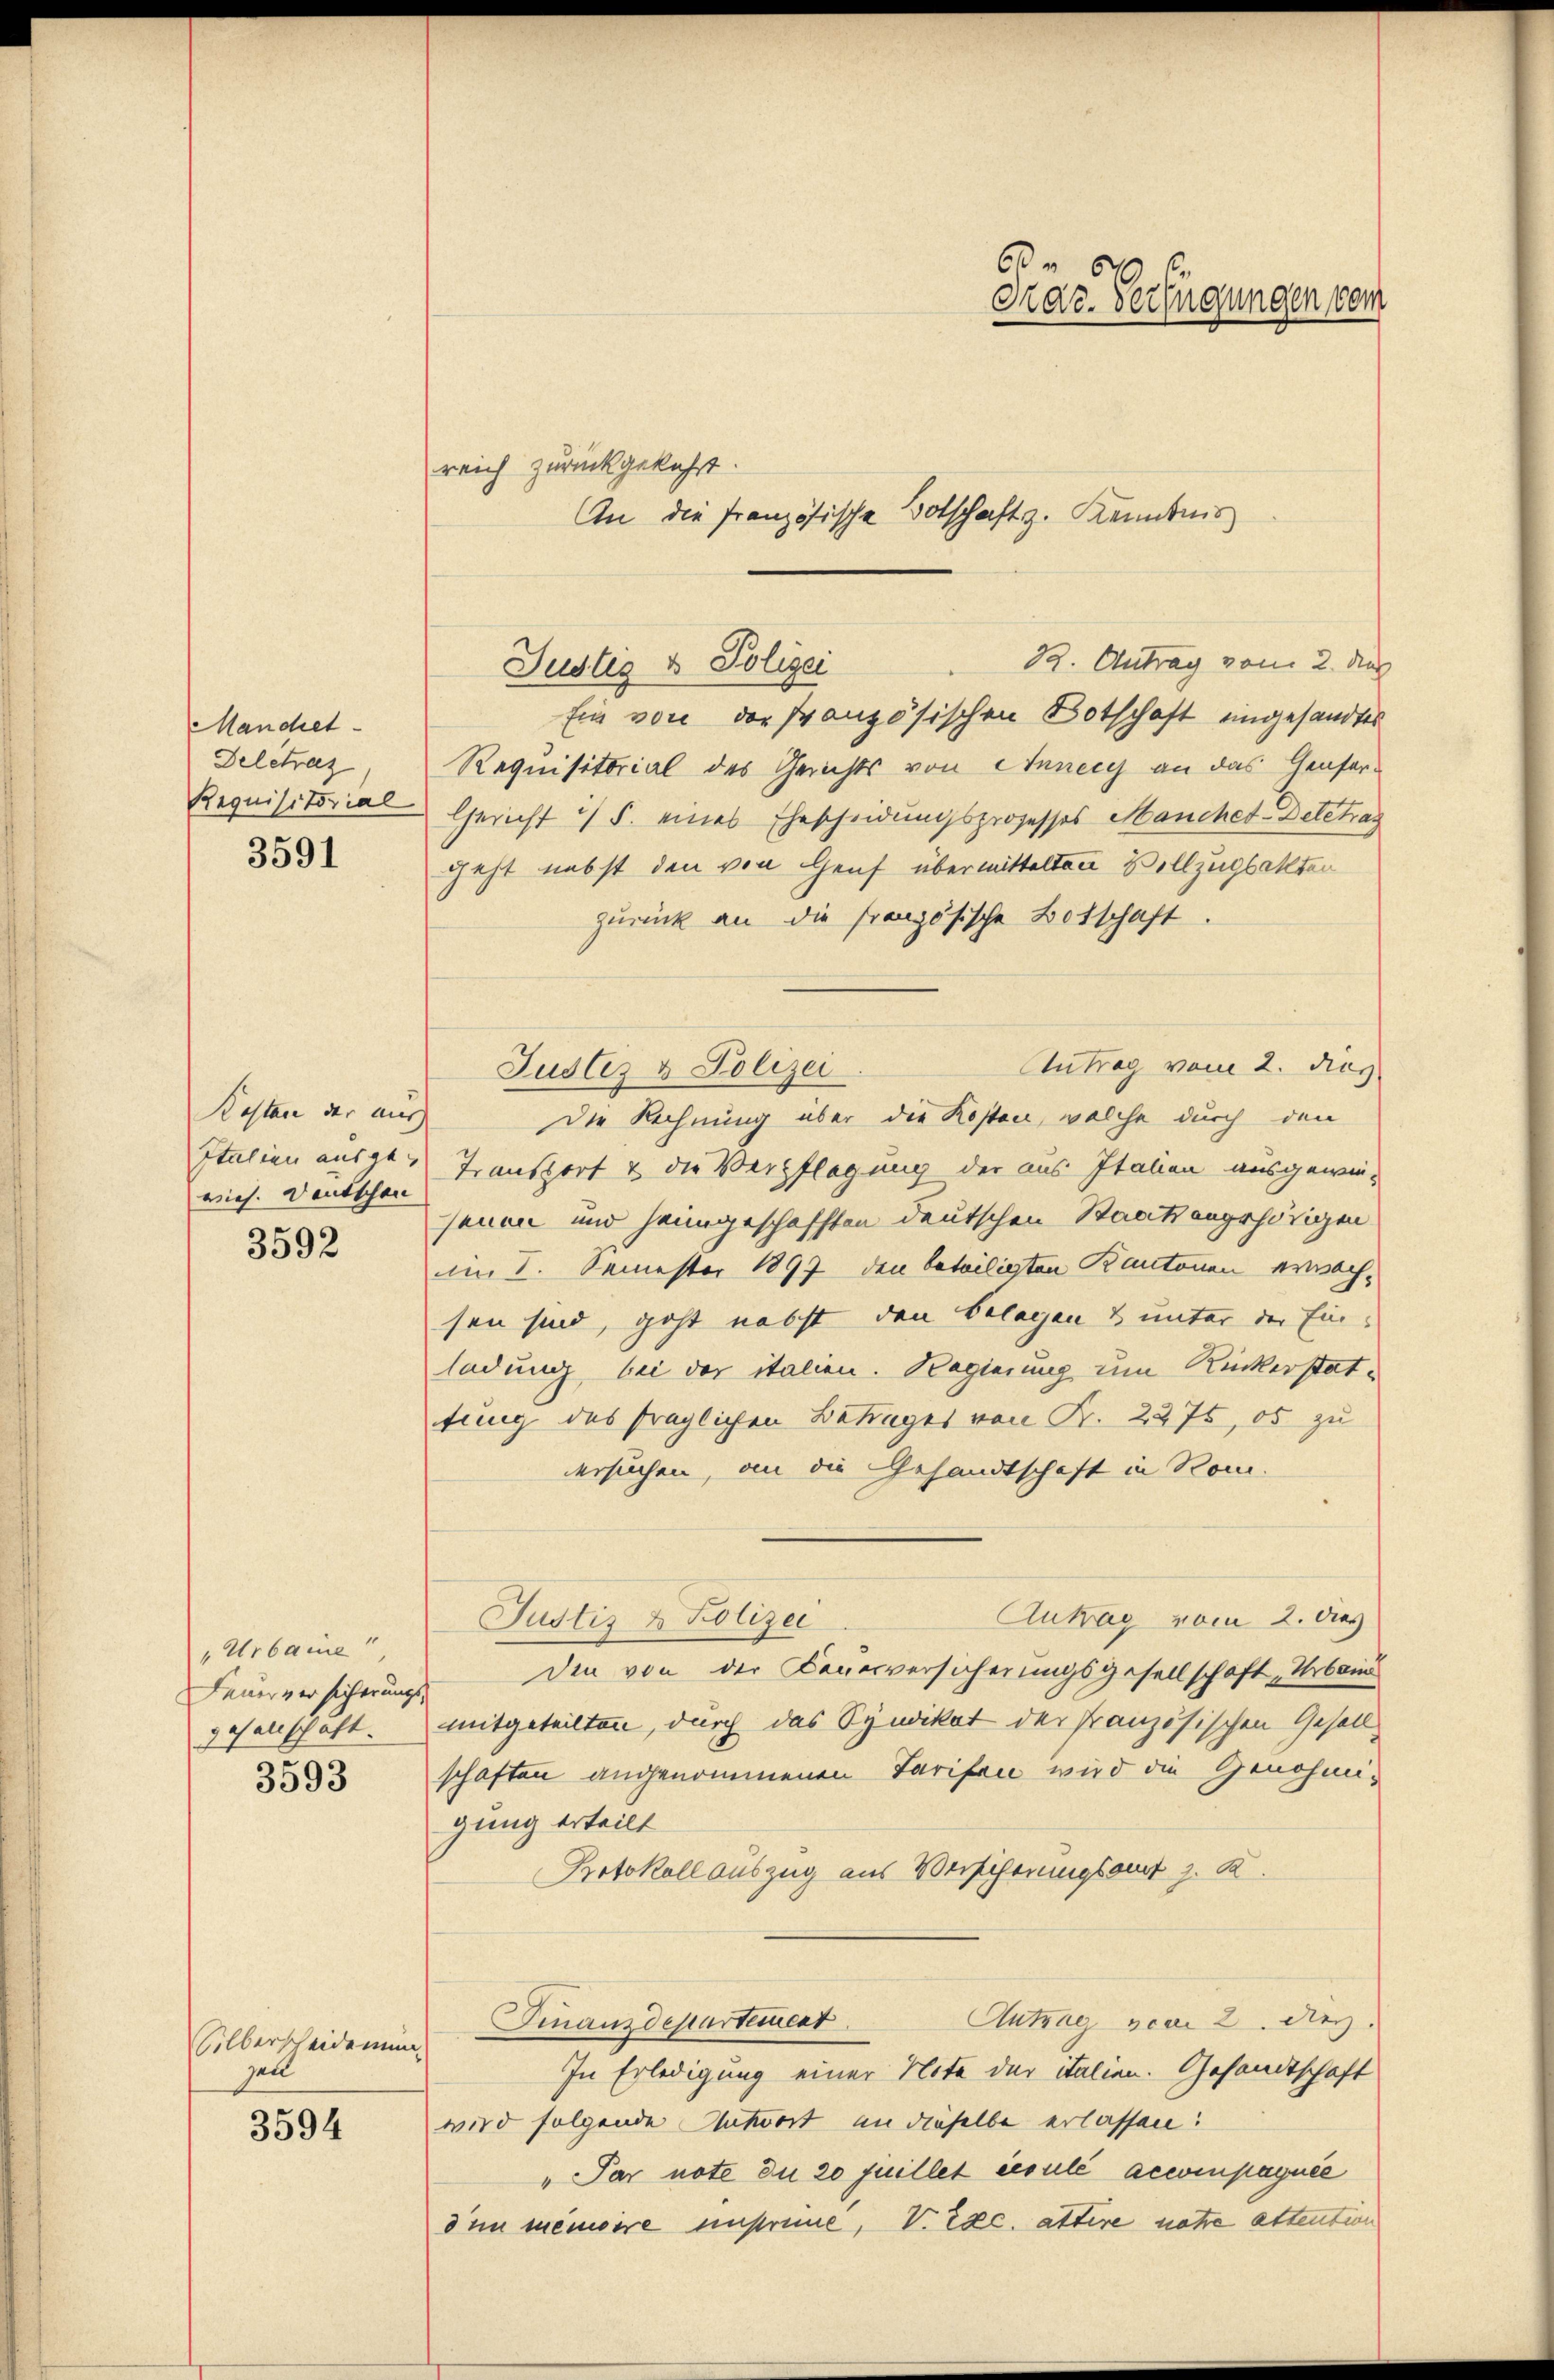
Mandet
Deletrag
Requisitorial

3591

Kosten der aus
Italien ausge-
vies. Deutschen
3592

"Urbaine
Feuerversicherungs-
gesellschaft.

3593

Silberscheidemun
zall

3594

reich zurückgekehrt.
89. Antrag vom 2. dur
Ein von der französischen Botschaft ungesandtes
Requisitorial des Gerichts von Annecy an das Genfer-
Gericht / 5. eines Ehescheidungsprozesses Manchet-Detetrag
geht nebst den von Genf übermittelten Vollzugbatten
zurück an die französische Botschaft
Antrag vom 2. Diez.
Justiz & Polizei
Die Rechnung über die Kosten, welche durch den
Transport u die Verpflegung der aus Italien ausgewie-
jenen und heimgeschafften deutschen Staatsangehörigen
im 8. Semester 1897 den beteiligten Kantonen erwachsen sind, geht nebst den Belegen & unter der Ein-
ladung bei der italien. Regierung um Ruckerstattung des fraglichen Betrages von Kr. 2275, es zu
ersuchen, an die Gesandtschaft in Rom.
Autrag vom 2. dies
Justiz & Polizei
Den von der Feuerversicherungsgesellschaft „Urbann
mitgeteilten, durch das Synikat der französischen Gesell
schaften angenommenen Tarifen wird die Genehmigung erteilt
Protokoll auszug aus Versicherungsauf z. K.
Antag acar 2. Dez.
Finanzdepartement
In Erledigung einer Note der italien. Gesandtschaft
wird folgende Antwort an dieselbe erlassen:
„Par note du 20 Juillet exculé accinpagnee
dim memoire unstreue, V. Exc. attire natre attention

Justiz & Polizei

An die Französische Botschaft z. Kenntnis

6
Krar. Verfügungen vom